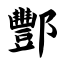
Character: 酆